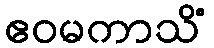
ဧဝမကာသိံ